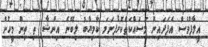
އީލާފްވެސް އެފަދައިން މަސައްކަތްކޮށްފިނަމަ ކާމިޔާބު ލިބޭނެ އިންޝާ  ތި ތިން މީހުން